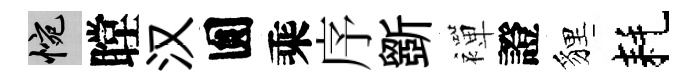
惋瞠汉圎乘序斵襌證貍耗